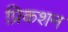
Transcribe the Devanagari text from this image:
प्रिकशन